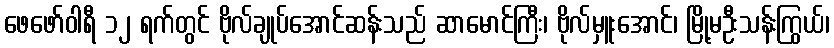
ဖေဖော်ဝါရီ ၁၂ ရက်တွင် ဗိုလ်ချုပ်အောင်ဆန်းသည် ဆာမောင်ကြီး၊ ဗိုလ်မှူးအောင်၊ မြို့မဦးသန်းကြွယ်၊